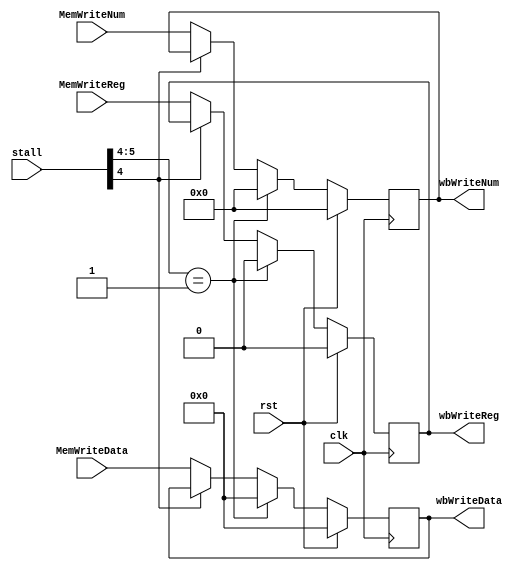
/*
 * Ask me anything: via repo/issue, or e-mail: vencifreeman16@sjtu.edu.cn.
 * School: Shanghai Jiao Tong University.

 * Description:
 * Sequential circult between MEM and WB.

 * Details:
 * - Sequential logic;
 * - Pass the result data to be written to the register, the destination
 *   register address, the write register flag and other signals.

 * History:
 * - 19/12/27: Create this file;
 * - 19/12/27: Finished!

 * Notes:
 */
 
module MEM_WB(

	input   wire        clk,
	input   wire        rst,
	input   wire[5:0]   stall,	
	input   wire[4:0]   MemWriteNum,
	input   wire        MemWriteReg,
	input   wire[31:0]	MemWriteData,
	output  reg [4:0]   wbWriteNum,
	output  reg         wbWriteReg,
	output  reg [31:0]	wbWriteData     
	
);

/*
 * This always part controls the signal wbWriteNum.
 */
always @ (posedge clk) begin
    if (rst)
        wbWriteNum <= 5'b0;
    else if (stall[5:4] == 2'b01)
        wbWriteNum <= 5'b0;
    else if (!stall[4])
        wbWriteNum <= MemWriteNum;
end

/*
 * This always part controls the signal wbWriteReg.
 */
always @ (posedge clk) begin
    if (rst)
        wbWriteReg <= 1'b0;
    else if (stall[5:4] == 2'b01)
        wbWriteReg <= 1'b0;
    else if (!stall[4])
        wbWriteReg <= MemWriteReg;
end

/*
 * This always part controls the signal wbWriteData.
 */
always @ (posedge clk) begin
    if (rst)
        wbWriteData <= 32'b0;
    else if (stall[5:4] == 2'b01)
        wbWriteData <= 32'b0;
    else if (!stall[4])
        wbWriteData <= MemWriteData;
end			

endmodule